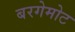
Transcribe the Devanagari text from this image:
बरगेमोट